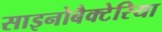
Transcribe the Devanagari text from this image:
साइनोबैक्टेरिया